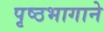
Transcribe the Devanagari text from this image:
पृष्ठभागाने